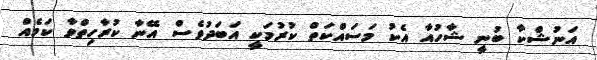
އަނުޝްކާ ބުނީ ޝާހުއާ އެކު މަސައްކަތް ކުރުމަކީ އަބަދުވެސް އޭނާ ކުރާހިތްވާ ކަމެއް